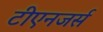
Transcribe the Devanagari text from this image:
टीएनजर्स